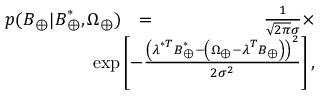
\begin{array} { r l r } { p ( \boldsymbol { B } _ { \oplus } | \boldsymbol { B } _ { \oplus } ^ { * } , \Omega _ { \oplus } ) } & { = } & { \frac { 1 } { \sqrt { 2 \pi } \sigma } \times } \\ & { } & { \! \! \! \! \! \! \! \! \! \! \! \! \! \! \! \! \! \! \! \! \! \! \! \! \! \! \exp \left[ - \frac { \left( \boldsymbol { \lambda } ^ { * T } \boldsymbol { B } _ { \oplus } ^ { * } - \left( \Omega _ { \oplus } - \boldsymbol { \lambda } ^ { T } \boldsymbol { B } _ { \oplus } \right) \right) ^ { 2 } } { 2 \sigma ^ { 2 } } \right] , } \end{array}